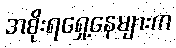
အစိုးရရှေ့နေများက